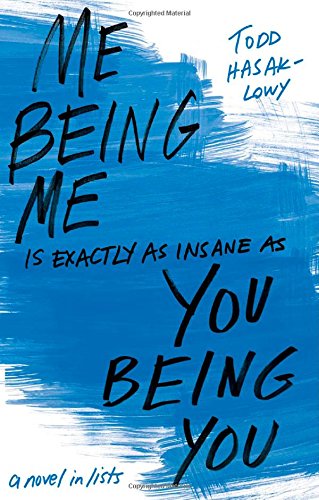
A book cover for Me Being Me Is Exactly as Insane as You Being You; Todd Hasak-Lowy; Teen & Young Adult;